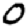
Digit: 0